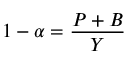
1 - \alpha = { \frac { P + B } { Y } } \,